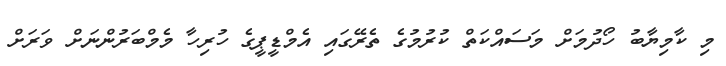
މި ކާމިޔާބު ހޯދުމަށް މަސައްކަތް ކުރުމުގެ ތެރޭގައި އެމްޑީޕީގެ ހުރިހާ މެމްބަރުންނަށް ވަރަށް